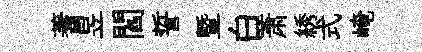
蓍昱閻誓暨白萧綉式崦